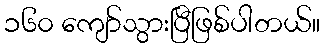
၁၆၀ ကျော်သွားပြီဖြစ်ပါတယ်။